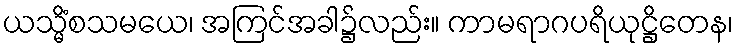
ယသ္မိံစသမယေ၊ အကြင်အခါ၌လည်း။ ကာမရာဂပရိယုဋ္ဌိတေန၊